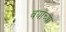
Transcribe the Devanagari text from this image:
वयांच्या